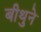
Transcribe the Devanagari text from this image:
बीथुने